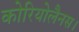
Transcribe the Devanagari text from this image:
कोरियोलैनस।